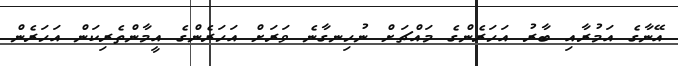
އޭނާގެ އަމުރާއި ބާރު އަހަރެންގެ މައްޗަށް ނުހިނގާނެ ވަރަށް އަހަރެންގެ އީމާންތެރިކަން އަހަރެން